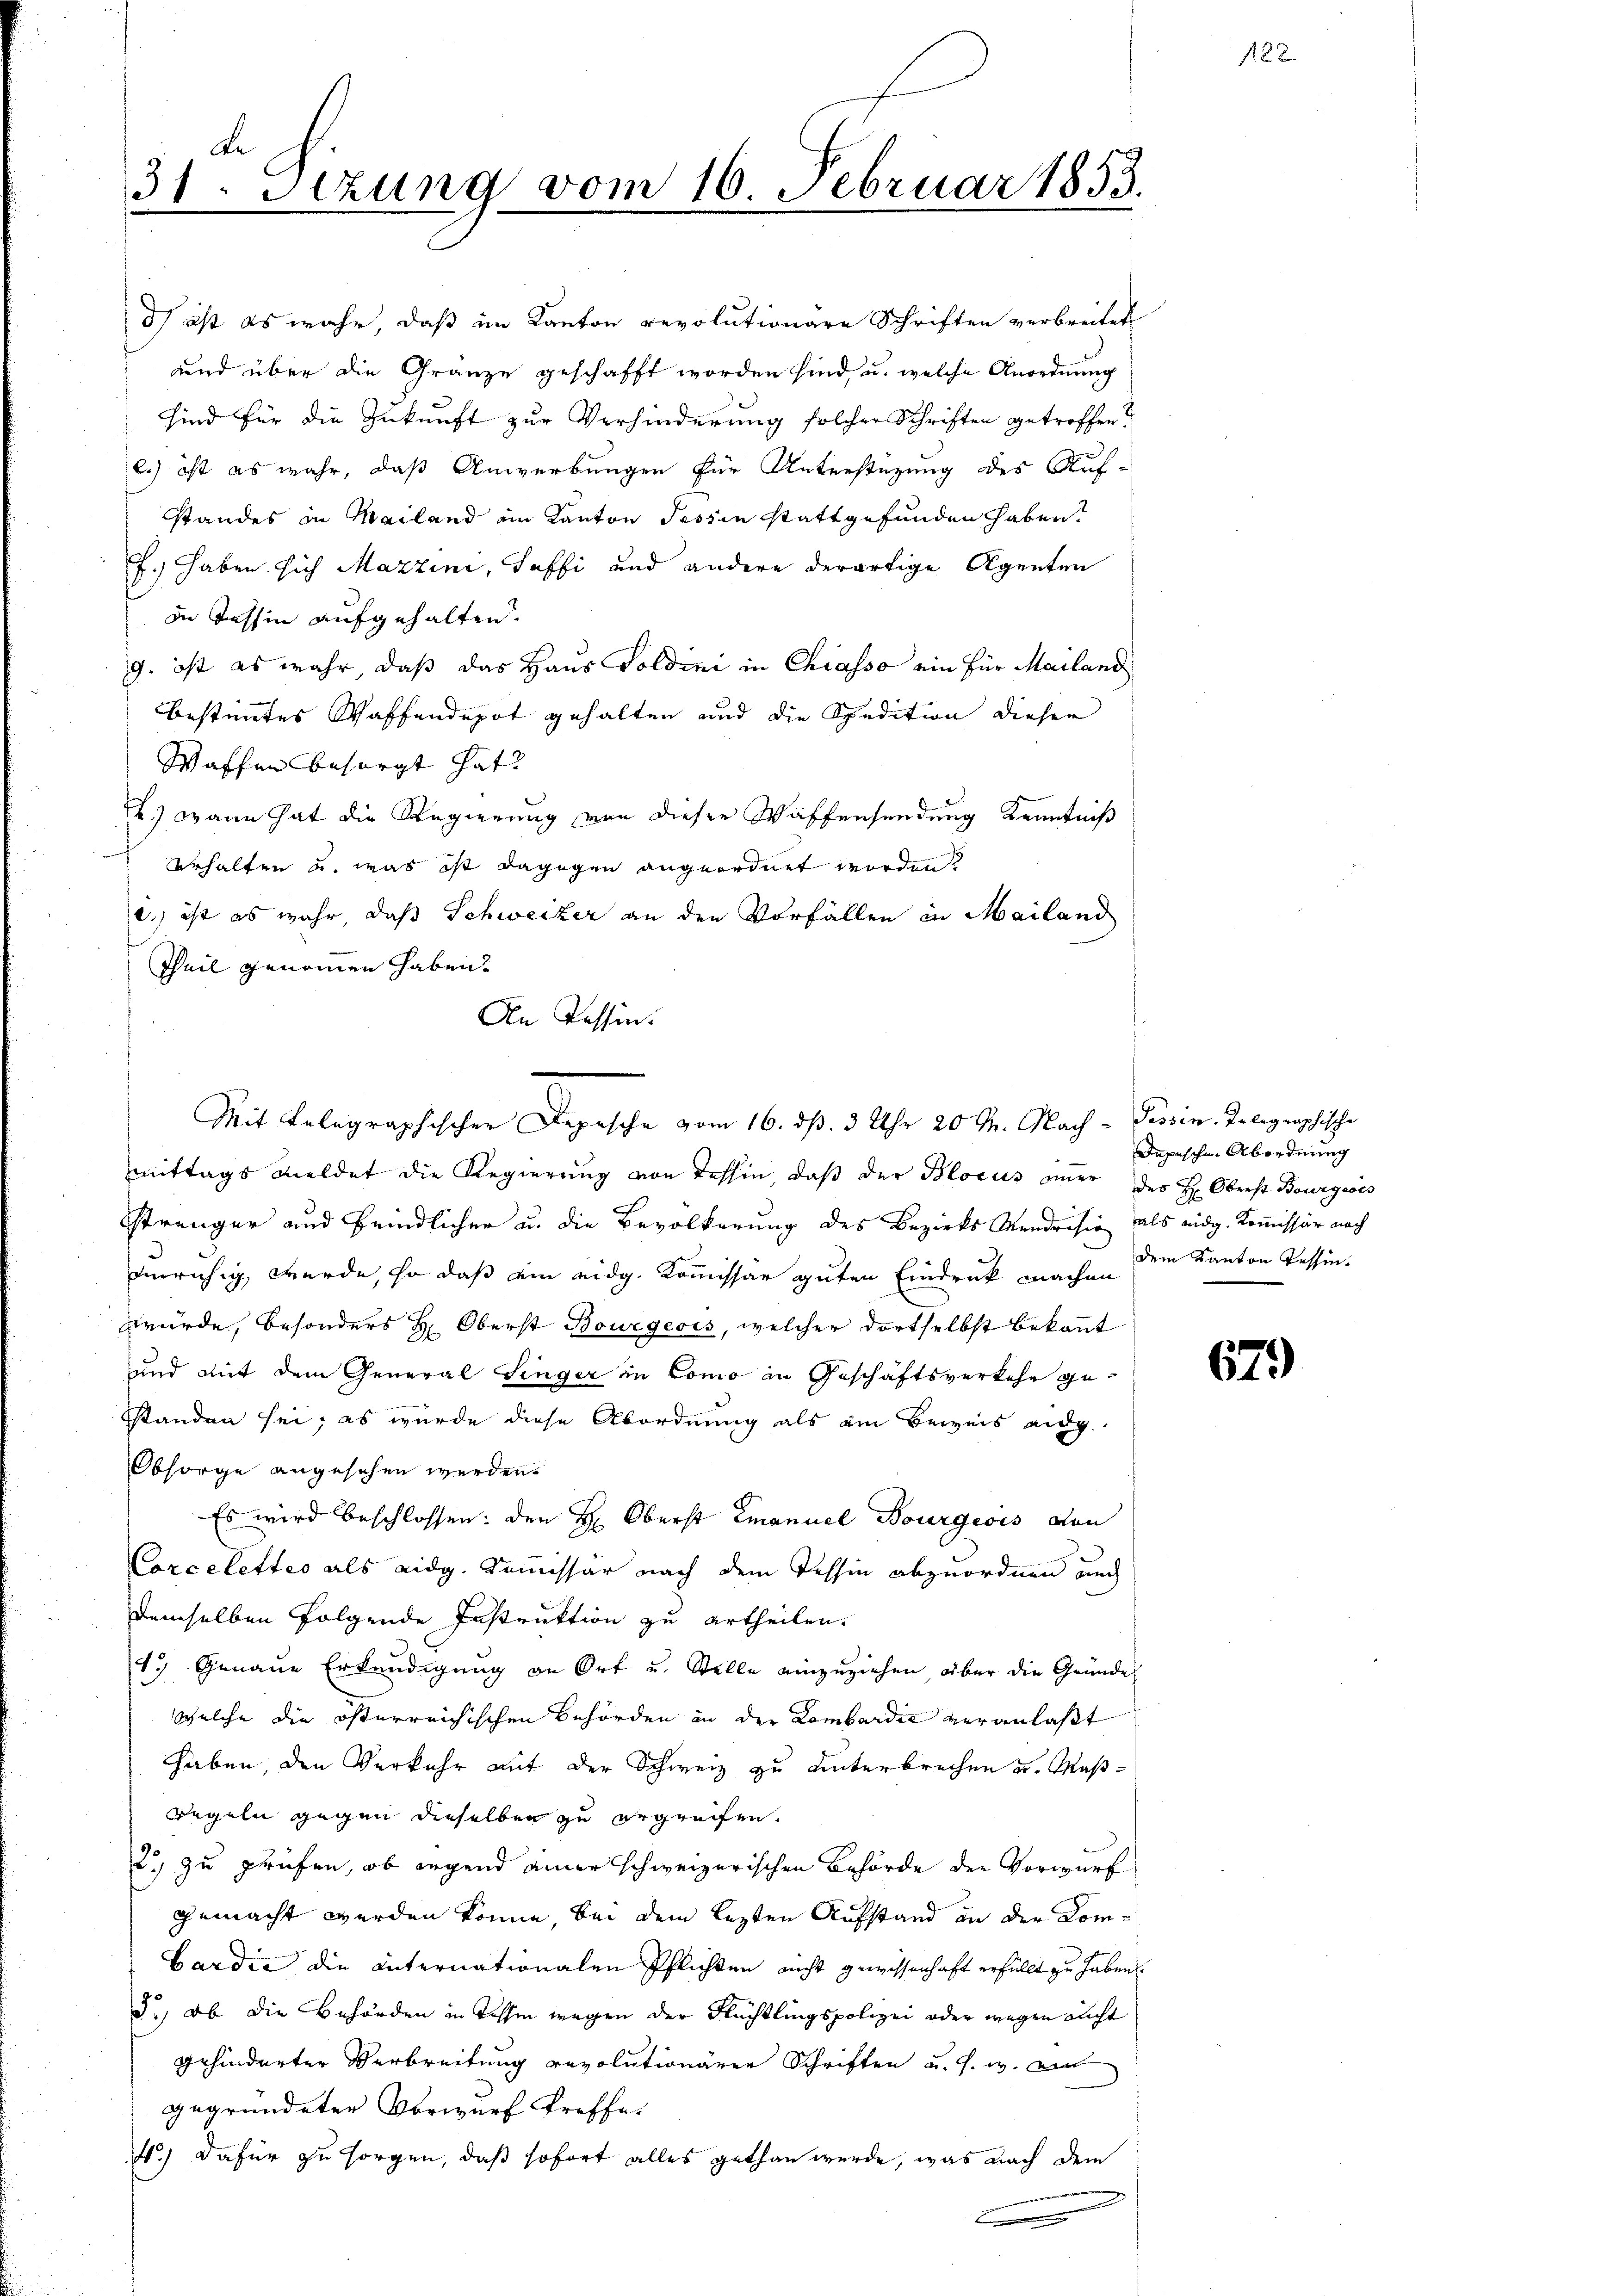
31. Setzung vom 16. Februar 1853.

d) ist es wahr, daß im Kanton revolutionäre Schriften verbreitet
und über die Gränze geschafft worden sind, u. welche Anordnung
sind für die Zukunft zur Verhinderung solcher Schriften getroffen?
.) ist es wahr, daß Anwerbungen für Unterstüzung des Auf-
standes in Mailand im Kanton Tessin stattgefunden haben,
f.) haben sich Mazzini, Saffi und andere derartige Agenten
in Tessin aufgehalten.
g. ist es wahr, daß das Haus Goldini in Chiasso ein für Mailand
bestimmtes Waffendepot gehalten und die Spedition dieser
Waffen besorgt hat.
2.) Wann hat die Regierung von dieser Waffensendung Kenntniß
erhalten u. was ist dagegen angeordnet worden
c.) ist es wahr, daß Schweizer an den Vorfällen in Mailand
Theil genommen haben.
mittags meldet die Regierung von Tessin, daβ der Blocus amer des H: Oberst Bourgeois
strenger und feindlicher u. die Bevölkerung des Bezirks Mendresig als eidg. Kommissär nach
eruhig werde, so daß ein eidg. Kommissar guten Eindruck machen
würde, besonders H: Oberst Bourgeois, welcher dortselbst bekannt
und mit dem General Singer in Como in Geschäftsverkehr ge-
sstanden sei; es wurde diese Abordnung als am Beweis aug
Obsorge angesehen werden.
Es wird beschlossen: den H: Oberst Emanuel Bourgeois von
Corcelettes als eidg. Kommissär nach dem Tessin abzuordnen auch
demselben folgende Instruktion zu ertheilen.
1.) Genaue Erkendigung an Ort u. Stelle einzuziehen, über die Gründe
welche die österreichischen Behörden in der Lombardić veranlaßt
haben, den Verkehr mit der Schweiz zu unterbrechen u. Maß¬
Regeln gegen dieselben zu ergreifen.
2.) zu prüfen, ob irgend einer schweizerischen Behörde der Vorwurf
gemacht werden könne, bei dem lezten Aufstand an der Kombardić die Internationalen Pflichten nicht gewissenhaft erfüllt zu haben.
3., ob die Behörden in Tessin wegen der Flüchtlingspolizei oder wegen nicht
gehinderter Verbreitung revolutionären Schriften u. s. w. ein
gegründeter Vorwurf treffe
4.) Dafür zu sorgen, daß sofort alles gethan werde, was nach dem
.

An Tessin.
Mit Belegraphischer Depesche vom 16. ds. 3 Uhr 20 t. Nach- Tessin, Telegraphische

Depischen Abordnung
dem Kanton Tessin.

s

679